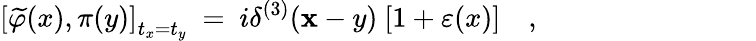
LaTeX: \left[\widetilde\varphi(x),\pi(y)\right]_{t_{x}=t_{y}}~=~i\delta^{(3)}({\mathbf x-y})~[1+\varepsilon(x)]\quad,{\phantom{+\eta(y)+\varepsilon(x)~\eta(y)}}